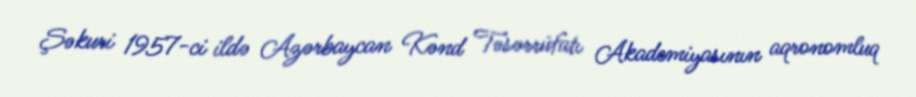
Şəkuri 1957-ci ildə Azərbaycan Kənd Təsərrüfatı Akademiyasının aqronomluq